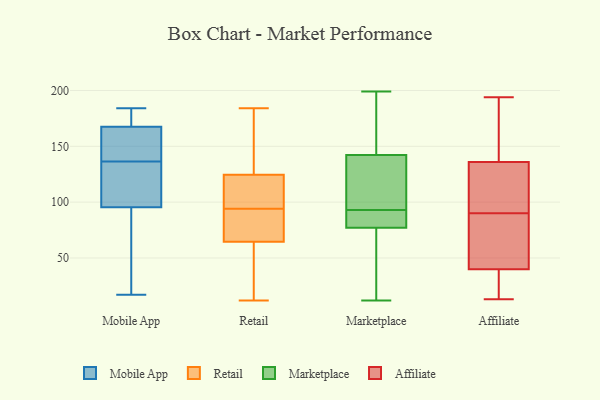
{"axis": {"x": "Website Visitors", "y": "Value"}, "legend": ["Affiliate", "Marketplace", "Mobile App", "Retail"], "data": [{"x": "", "y": 163, "type": "Mobile App"}, {"x": "", "y": 23, "type": "Mobile App"}, {"x": "", "y": 105, "type": "Mobile App"}, {"x": "", "y": 89, "type": "Mobile App"}, {"x": "", "y": 135, "type": "Mobile App"}, {"x": "", "y": 151, "type": "Mobile App"}, {"x": "", "y": 22, "type": "Mobile App"}, {"x": "", "y": 129, "type": "Mobile App"}, {"x": "", "y": 138, "type": "Mobile App"}, {"x": "", "y": 184, "type": "Mobile App"}, {"x": "", "y": 17, "type": "Mobile App"}, {"x": "", "y": 120, "type": "Mobile App"}, {"x": "", "y": 183, "type": "Mobile App"}, {"x": "", "y": 174, "type": "Mobile App"}, {"x": "", "y": 102, "type": "Mobile App"}, {"x": "", "y": 173, "type": "Mobile App"}, {"x": "", "y": 147, "type": "Mobile App"}, {"x": "", "y": 32, "type": "Mobile App"}, {"x": "", "y": 155, "type": "Mobile App"}, {"x": "", "y": 172, "type": "Mobile App"}, {"x": "", "y": 84, "type": "Retail"}, {"x": "", "y": 107, "type": "Retail"}, {"x": "", "y": 124, "type": "Retail"}, {"x": "", "y": 107, "type": "Retail"}, {"x": "", "y": 129, "type": "Retail"}, {"x": "", "y": 60, "type": "Retail"}, {"x": "", "y": 69, "type": "Retail"}, {"x": "", "y": 122, "type": "Retail"}, {"x": "", "y": 19, "type": "Retail"}, {"x": "", "y": 125, "type": "Retail"}, {"x": "", "y": 184, "type": "Retail"}, {"x": "", "y": 12, "type": "Retail"}, {"x": "", "y": 77, "type": "Retail"}, {"x": "", "y": 90, "type": "Retail"}, {"x": "", "y": 35, "type": "Retail"}, {"x": "", "y": 151, "type": "Retail"}, {"x": "", "y": 84, "type": "Retail"}, {"x": "", "y": 98, "type": "Retail"}, {"x": "", "y": 132, "type": "Retail"}, {"x": "", "y": 54, "type": "Retail"}, {"x": "", "y": 90, "type": "Marketplace"}, {"x": "", "y": 93, "type": "Marketplace"}, {"x": "", "y": 87, "type": "Marketplace"}, {"x": "", "y": 92, "type": "Marketplace"}, {"x": "", "y": 81, "type": "Marketplace"}, {"x": "", "y": 95, "type": "Marketplace"}, {"x": "", "y": 12, "type": "Marketplace"}, {"x": "", "y": 199, "type": "Marketplace"}, {"x": "", "y": 143, "type": "Marketplace"}, {"x": "", "y": 125, "type": "Marketplace"}, {"x": "", "y": 140, "type": "Marketplace"}, {"x": "", "y": 142, "type": "Marketplace"}, {"x": "", "y": 168, "type": "Marketplace"}, {"x": "", "y": 146, "type": "Marketplace"}, {"x": "", "y": 65, "type": "Marketplace"}, {"x": "", "y": 45, "type": "Marketplace"}, {"x": "", "y": 25, "type": "Marketplace"}, {"x": "", "y": 55, "type": "Affiliate"}, {"x": "", "y": 13, "type": "Affiliate"}, {"x": "", "y": 194, "type": "Affiliate"}, {"x": "", "y": 108, "type": "Affiliate"}, {"x": "", "y": 39, "type": "Affiliate"}, {"x": "", "y": 106, "type": "Affiliate"}, {"x": "", "y": 66, "type": "Affiliate"}, {"x": "", "y": 168, "type": "Affiliate"}, {"x": "", "y": 122, "type": "Affiliate"}, {"x": "", "y": 40, "type": "Affiliate"}, {"x": "", "y": 74, "type": "Affiliate"}, {"x": "", "y": 30, "type": "Affiliate"}, {"x": "", "y": 40, "type": "Affiliate"}, {"x": "", "y": 126, "type": "Affiliate"}, {"x": "", "y": 146, "type": "Affiliate"}, {"x": "", "y": 180, "type": "Affiliate"}]}